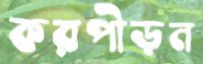
করপীড়ন